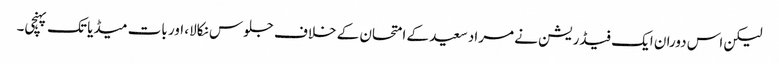
لیکن اس دوران ایک فیڈریشن نے مراد سعید کے امتحان کے خلاف جلوس نکالا، اور بات میڈیا تک پہنچی۔